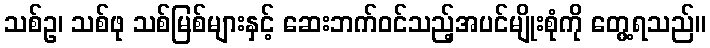
သစ်ဥ၊ သစ်ဖု သစ်မြစ်များနှင့် ဆေးဘက်ဝင်သည့်အပင်မျိုးစုံကို တွေ့ရသည်။